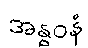
အန္ဓဝနံ